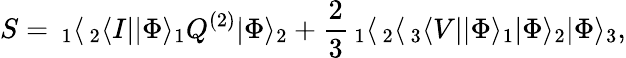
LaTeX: S=\, _{1}\langle\, _{2}\langle I||\Phi\rangle_{1}Q^{(2)}|\Phi\rangle_{2}+\frac{2}{3}\, _{1}\langle\, _{2}\langle\, _{3}\langle V||\Phi\rangle_{1}|\Phi\rangle_{2}|\Phi\rangle_{3},